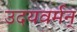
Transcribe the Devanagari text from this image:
उदयवर्मन्